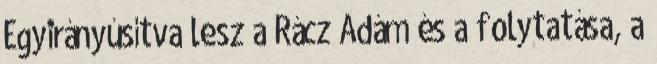
Egyirányúsítva lesz a Rácz Ádám és a folytatása, a